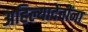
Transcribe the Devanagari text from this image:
अहिल्यादेवींना